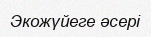
Экожүйеге әсері